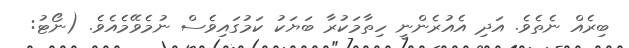
ބިރެއް ނެތެވެ. އަދި އެއުރެންނީ ހިތާމަކުރާ ބަޔަކު ކަމުގައިވެސް ނުމެވޭމެއެވެ. (ނޯޓު: